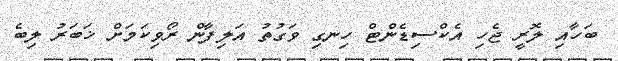
ބަހާއި ލޮރީ ޖެހި އެކްސިޑެންޓް ހިނގި ވަގުތު އަލިފާން ރޯވިކަމަށް ޚަބަރު ލިބެ